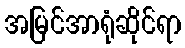
အမြင်အာရုံဆိုင်ရာ